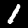
Label: 1